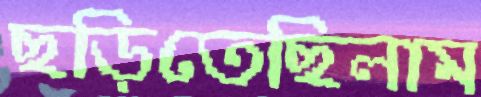
ছড়িতেছিলাম